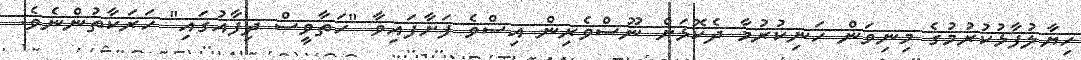
ހިޔާލުފާޅުކުރުމުގެ މިނިވަން ހަނިކުރުމާ ދެކޮޅަށް ނޫސްވެރިން އިސްވެ ފަށާފައިވާ "ހަތާވީސް ދިފާއުގައި" ހަރަކާތުންނެވެ.